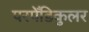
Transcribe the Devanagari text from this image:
परपेँडिकुलर